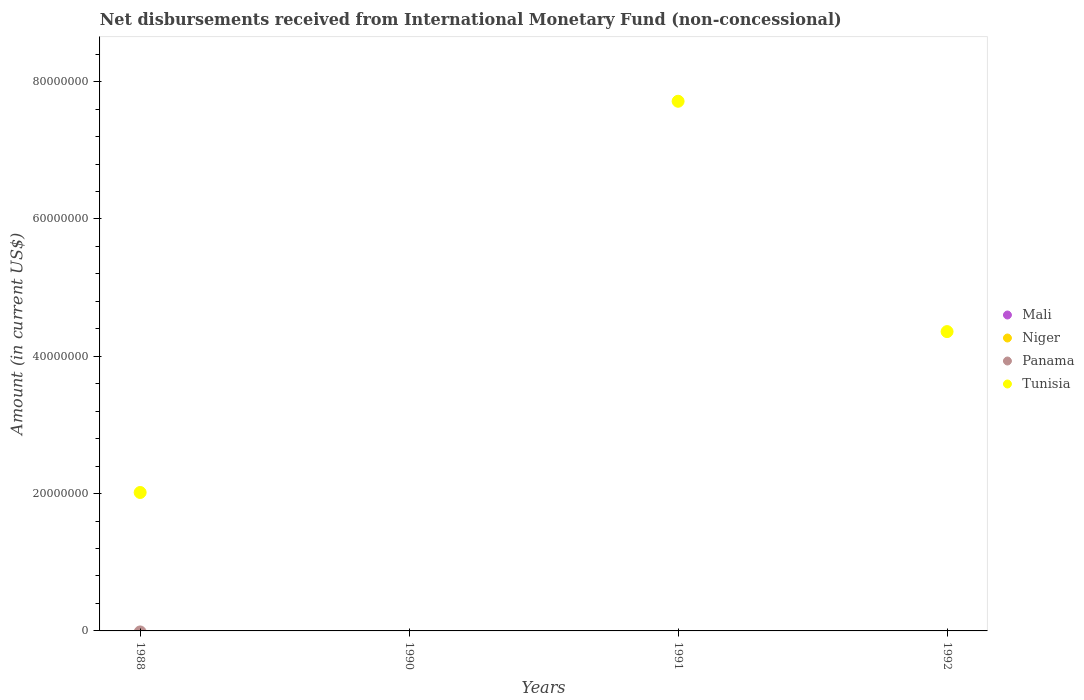
| Years | Mali | Niger | Panama | Tunisia |
 | --- | --- | --- | --- | --- |
 | 1988 | -1.54e+07 | -2.15e+07 | -1.49e+05 | 2.02e+07 |
 | 1990 | -1.06e+07 | -1.55e+07 | -7.05e+07 | -1.11e+08 |
 | 1991 | -9.12e+06 | -1.14e+07 | -5.55e+07 | 7.71e+07 |
 | 1992 | -6.47e+06 | -7.57e+06 | -9.99e+07 | 4.36e+07 |